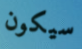
سيكون